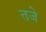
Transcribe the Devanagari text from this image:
तजे